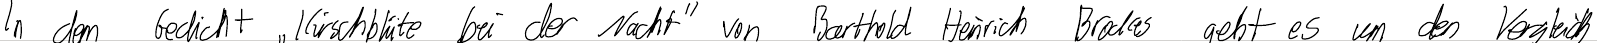
In dem Gedicht "Kirschblüte bei der Nacht" von Barthold Heinrich Brodres geht es um den Vergleich